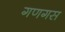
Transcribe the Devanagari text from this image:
गणगस